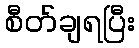
စီတ်ချရပြီး